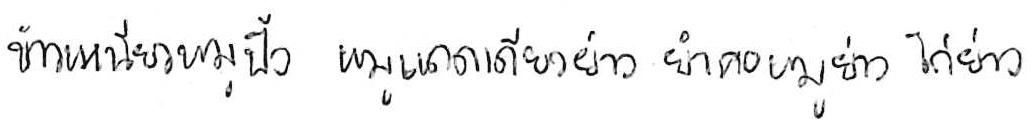
ข้าวเหนียวหมูปิ้ง หมูแดดเดียวย่าง ยำคอหมูย่าง ไก่ย่าง